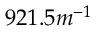
9 2 1 . 5 m ^ { - 1 }